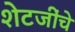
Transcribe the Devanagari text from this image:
शेटजींचे